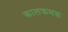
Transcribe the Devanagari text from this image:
कालक्रमक